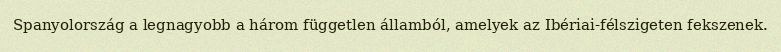
Spanyolország a legnagyobb a három független államból, amelyek az Ibériai-félszigeten fekszenek.